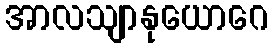
အာလသျာနုယောဂေ